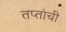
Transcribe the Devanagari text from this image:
तप्तांची